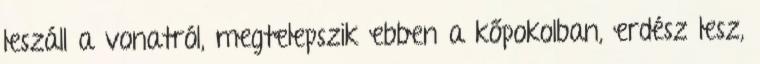
leszáll a vonatról, megtelepszik ebben a kőpokolban, erdész lesz,